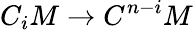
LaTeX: C_{i}M\to C^{n-i}M